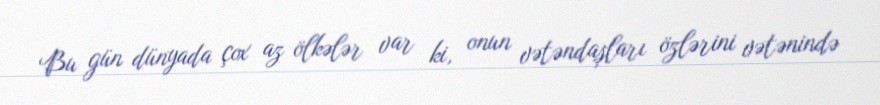
Bu gün dünyada çox az ölkələr var ki, onun vətəndaşları özlərini vətənində